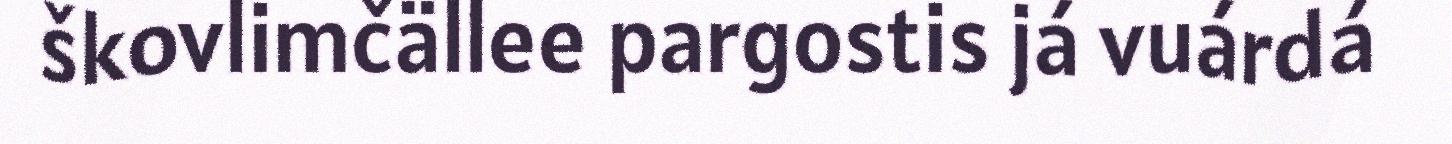
škovlimčällee pargostis já vuárdá